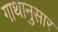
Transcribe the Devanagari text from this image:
गाथानुसार